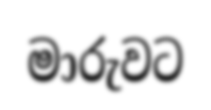
මාරුවට